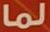
لما